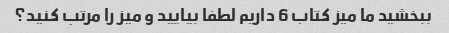
ببخشید ما میز کتاب 6 داریم لطفا بیایید و میز را مرتب کنید؟